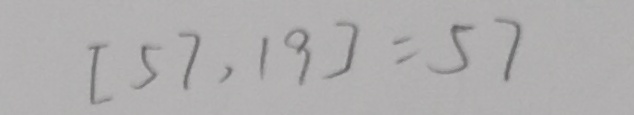
[ 5 7 , 1 9 ] = 5 7